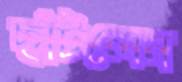
ছাঁটলেন